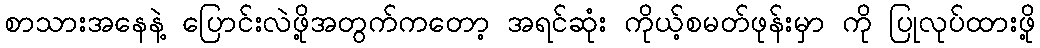
စာသားအနေနဲ့ ပြောင်းလဲဖို့အတွက်ကတော့ အရင်ဆုံး ကိုယ့်စမတ်ဖုန်းမှာ ကို ပြုလုပ်ထားဖို့